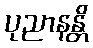
ပုညာနန္တိ